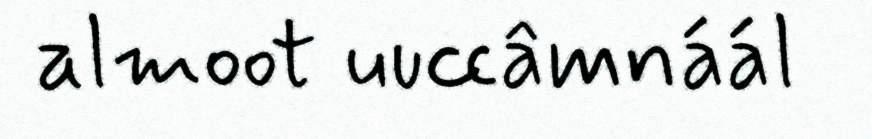
almoot uuccâmnáál